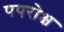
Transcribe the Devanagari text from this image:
पपरोक्ष